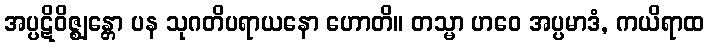
အပ္ပဋိဝိဇ္ဈန္တော ပန သုဂတိပရာယနော ဟောတိ။ တသ္မာ ဟဝေ အပ္ပမာဒံ, ကယိရာထ